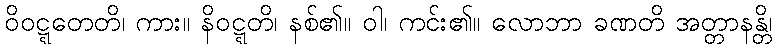
ဝိဝဋ္ဋတေတိ၊ ကား။ နိဝဋ္ဋတိ၊ နစ်၏။ ဝါ၊ ကင်း၏။ လောဘာ ခဏတိ အတ္တာနန္တိ၊